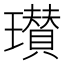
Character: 瓉